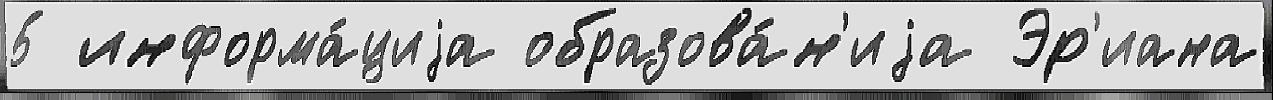
5 информа́циjа образова́н'иjа Эр'иана